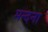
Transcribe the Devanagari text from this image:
मन्दना